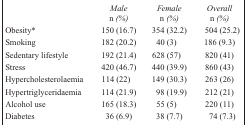
<table><thead><tr><td></td><td><b><i>Male n (%)</i></b></td><td><b><i>Female n (%)</i></b></td><td><b><i>Overall n (%)</i></b></td></tr></thead><tbody><tr><td>Obesity*</td><td>150 (16.7)</td><td>354 (32.2)</td><td>504 (25.2)</td></tr><tr><td>Smoking</td><td>182 (20.2)</td><td>40 (3)</td><td>186 (9.3)</td></tr><tr><td>Sedentary lifestyle</td><td>192 (21.4)</td><td>628 (57)</td><td>820 (41)</td></tr><tr><td>Stress</td><td>420 (46.7)</td><td>440 (39.9)</td><td>860 (43)</td></tr><tr><td>Hypercholesterolaemia</td><td>114 (22)</td><td>149 (30.3)</td><td>263 (26)</td></tr><tr><td>Hypertriglyceridaemia</td><td>114 (21.9)</td><td>98 (19.9)</td><td>212 (21)</td></tr><tr><td>Alcohol use</td><td>165 (18.3)</td><td>55 (5)</td><td>220 (11)</td></tr><tr><td>Diabetes</td><td>36 (6.9)</td><td>38 (7.7)</td><td>74 (7.3)</td></tr></tbody></table>